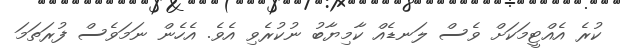
ކުރެ އެއްޓީމަކަށް ވެސް ލަނޑެއް ކާމިޔާބު ނުކުރެވި އެވެ. އެހެން ނަމަވެސް ފުރަތަމަ